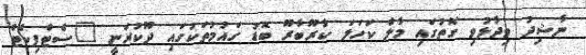
ނާޝިދު ވިދާޅުވި ގޮތުގައި މާލެ ކަހަލަ ކާރޫބާރޫ ބޮޑު ގައުމުތަކުގައި ދޫކުރަނީ "ސެޓްފިކެޓް